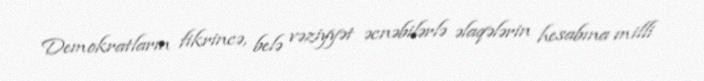
Demokratların fikrincə, belə vəziyyət əcnəbilərlə əlaqələrin hesabına milli